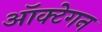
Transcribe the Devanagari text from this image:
ऑक्टेगन